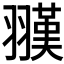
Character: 𦒅